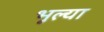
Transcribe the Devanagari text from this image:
भूल्या